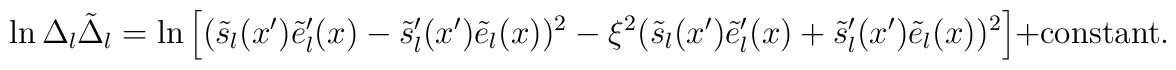
\ln\Delta_l\tilde\Delta_l=\ln\left[(\tilde s_l(x')\tilde e_l'(x)-\tilde s_l'(x')\tilde e_l(x))^2-\xi^2(\tilde s_l(x')\tilde e_l'(x)+\tilde s_l'(x')\tilde e_l(x))^2\right]+\mbox{constant}.